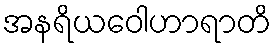
အနရိယဝေါဟာရာတိ